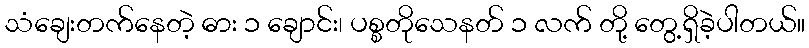
သံချေးတက်နေတဲ့ ဓား ၁ ချောင်း၊ ပစ္စတိုသေနတ် ၁ လက် တို့ တွေ့ရှိခဲ့ပါတယ်။